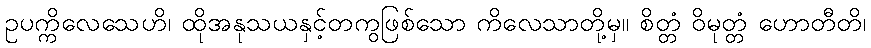
ဥပက္ကိလေသေဟိ၊ ထိုအနုသယနှင့်တကွဖြစ်သော ကိလေသာတို့မှ။ စိတ္တံ ဝိမုတ္တံ ဟောတီတိ၊